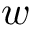
w